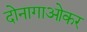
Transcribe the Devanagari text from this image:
दोनागाओकर